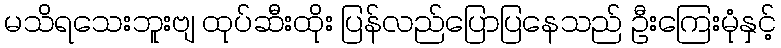
မသိရသေးဘူးဗျ ထုပ်ဆီးထိုး ပြန်လည်ပြောပြနေသည် ဦးကြေးမုံနှင့်